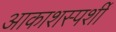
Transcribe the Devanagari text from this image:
आकाशस्पर्शी